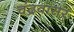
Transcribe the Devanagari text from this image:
चंद्रवासर